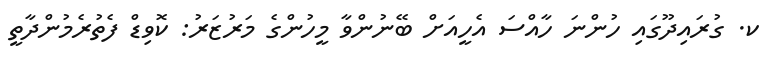
ކ. ގުރައިދޫގައި ހުންނަ ހާއްސަ އެހީއަށް ބޭނުންވާ މީހުންގެ މަރުޒަރު: ކޮވިޑް ފެތުރެމުންދާތީ